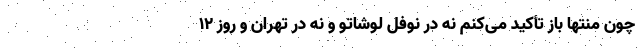
چون منتها باز تأکید می‌کنم نه در نوفل لوشاتو و نه در تهران و روز ۱۲